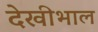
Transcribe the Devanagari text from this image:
देखीभाल